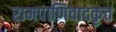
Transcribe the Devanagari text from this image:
रामपाणिवादकृत